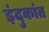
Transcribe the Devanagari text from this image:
इंदुकांत